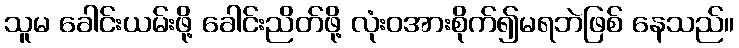
သူမ ခေါင်းယမ်းဖို့ ခေါင်းညိတ်ဖို့ လုံးဝအားစိုက်၍မရဘဲဖြစ် နေသည်။